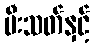
မီးသတ်နှင့်